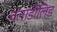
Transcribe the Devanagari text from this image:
वलाडोलिड